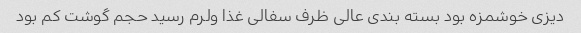
دیزی خوشمزه بود بسته بندی عالی ظرف سفالی غذا ولرم رسید حجم گوشت کم بود